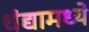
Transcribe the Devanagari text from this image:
धंद्यामध्ये